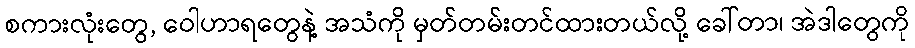
စကားလုံးတွေ, ဝေါဟာရတွေနဲ့ အသံကို မှတ်တမ်းတင်ထားတယ်လို့ ခေါ်တာ၊ အဲဒါတွေကို